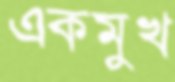
একমুখ